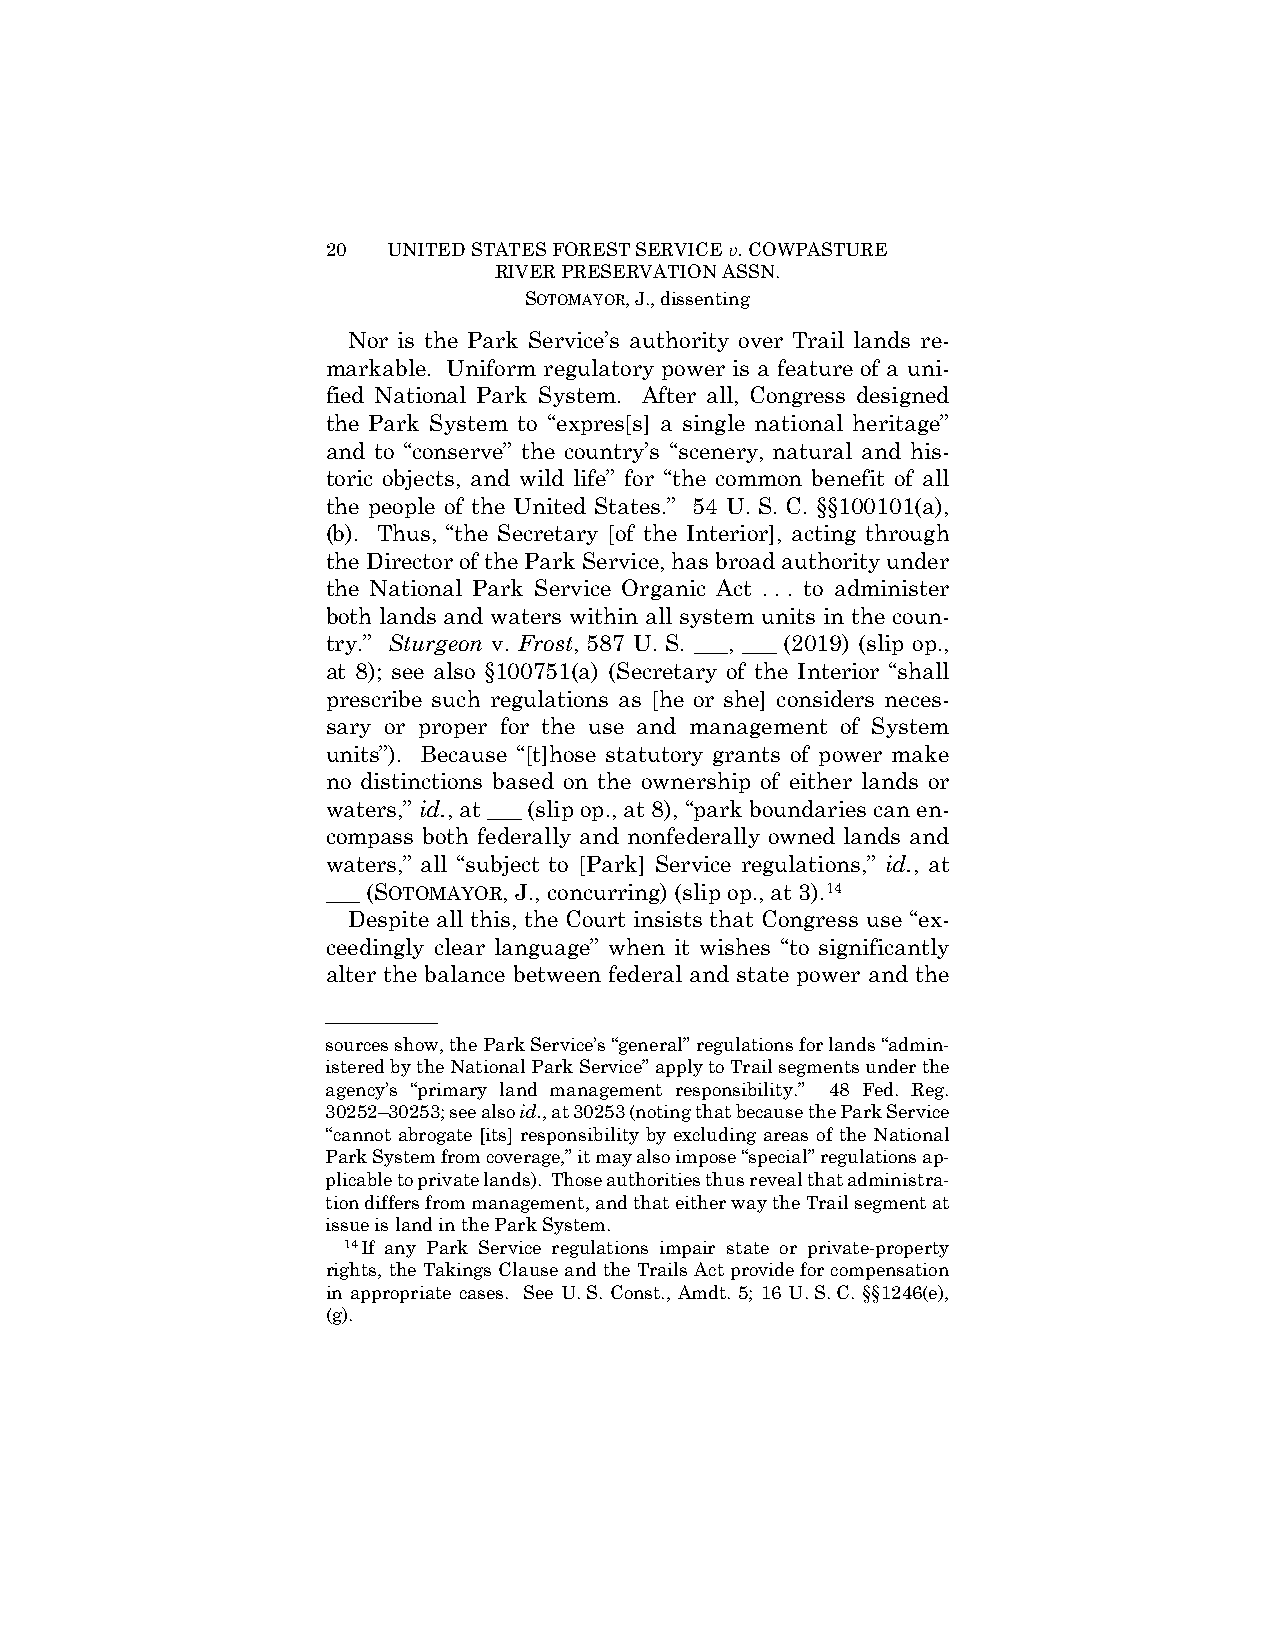
20  UNITED STATES FOREST SERVICE v. COWPASTURE
 RIVER PRESERVATION ASSN.
 SOTOMAYOR, J., dissenting
 Nor is the Park Service’s authority over Trail lands re-
 markable. Uniform regulatory power is a feature of a uni-
 fied National Park System. After all, Congress designed
 the Park System to “expres[s] a single national heritage”
 and to “conserve” the country’s “scenery, natural and his-
 toric objects, and wild life” for “the common benefit of all
 the people of the United States.” 54 U. S. C. §§100101(a),
 (b). Thus, “the Secretary [of the Interior], acting through
 the Director of the Park Service, has broad authority under
 the National Park Service Organic Act . . . to administer
 both lands and waters within all system units in the coun-
 try.” Sturgeon v. Frost, 587 U. S. ___, ___ (2019) (slip op.,
 at 8); see also §100751(a) (Secretary of the Interior “shall
 prescribe such regulations as [he or she] considers neces-
 sary or proper for the use and management of System
 units”). Because “[t]hose statutory grants of power make
 no distinctions based on the ownership of either lands or
 waters,” id., at ___ (slip op., at 8), “park boundaries can en-
 compass both federally and nonfederally owned lands and
 waters,” all “subject to [Park] Service regulations,” id., at
 ___ (SOTOMAYOR, J., concurring) (slip op., at 3).14
 Despite all this, the Court insists that Congress use “ex-
 ceedingly clear language” when it wishes “to significantly
 alter the balance between federal and state power and the
 ——————
 sources show, the Park Service’s “general” regulations for lands “admin-
 istered by the National Park Service” apply to Trail segments under the
 agency’s “primary land management responsibility.” 48 Fed. Reg.
 30252–30253; see also id., at 30253 (noting that because the Park Service
 “cannot abrogate [its] responsibility by excluding areas of the National
 Park System from coverage,” it may also impose “special” regulations ap-
 plicable to private lands). Those authorities thus reveal that administra-
 tion differs from management, and that either way the Trail segment at
 issue is land in the Park System.
 14If any Park Service regulations impair state or private-property
 rights, the Takings Clause and the Trails Act provide for compensation
 in appropriate cases. See U. S. Const., Amdt. 5; 16 U. S. C. §§1246(e),
 (g).